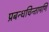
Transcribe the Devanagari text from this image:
प्रबन्धचिन्तामणि